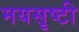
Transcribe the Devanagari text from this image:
मयसृष्टी